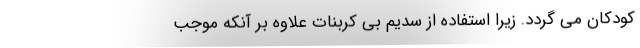
کودکان می گردد. زیرا استفاده از سدیم بی کربنات علاوه بر آنکه موجب